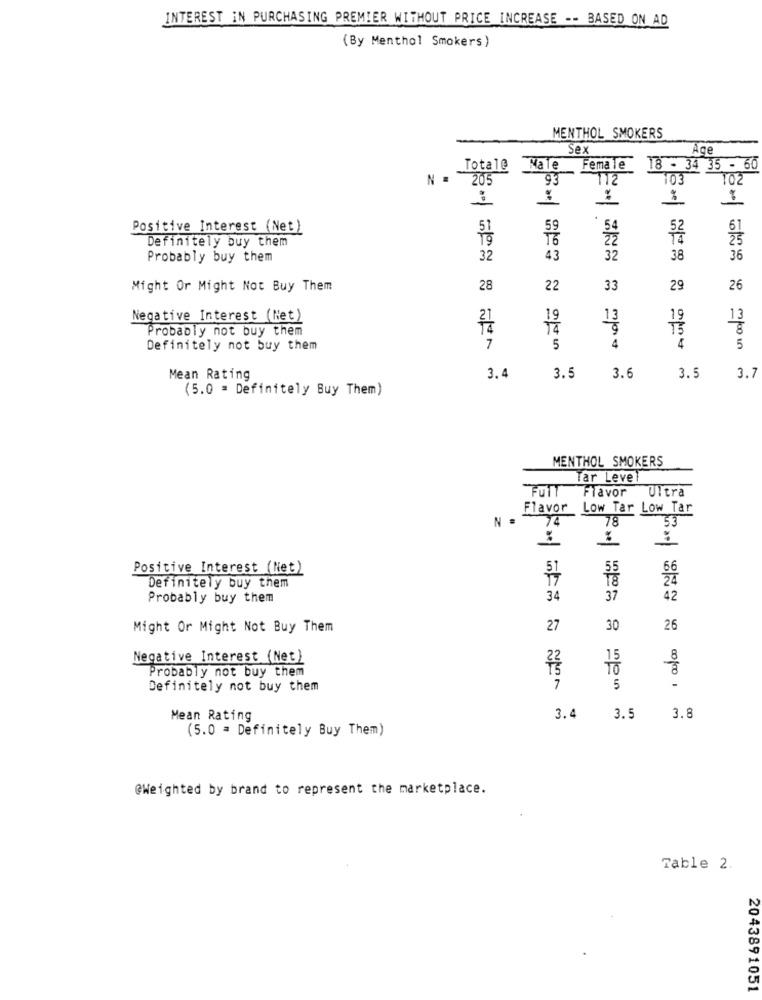
INTEREST IN PURCHASING PREMIER WITHOUT PRICE INCREASE -- BASED ON AD
(By Menthol Smokers)
MENTHOL SMOKERS
Sex
Âge
Total@
Nale
Female 18 - 34 35 - 60
N .
205
93
112
103
102
-
Positive Interest (Net)
51
54
19
16
22
Definitely buy them
Probably buy them
32
43
32
38
36
Might Or Might Not Buy Them
28
22
33
29
26
Negative Interest (Net)
13
Probably not buy them
Definitely not buy them
7
5
4
4
5
Mean Rating
3.4
3.5
3.6
3.5
3.7
(5.0 = Definitely Buy Them)
MENTHOL SMOKERS
Tar Leve
FUIT
Flavor Ultra
Flavor Low Tar Low Tar
N =
78
53
Positive Interest (Net)
Definitely buy them
Probably buy them
34
37
42
Might Or Might Not Buy Them
27
30
26
100/00
Negative Interest (Net)
15
Probably not buy them
22
TO
Definitely not buy them
7
5
Mean Rating
3.4 3.5
3.8
(5.0 = Definitely Buy Them)
@Weighted by brand to represent the marketplace.
Table 2.
2043891051